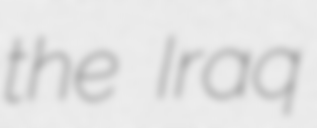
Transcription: the Iraq